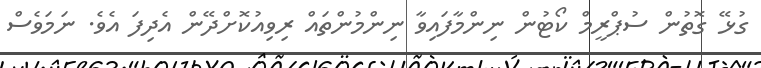
ގުޅޭ ގޮތުން ސުޕްރީމް ކޯޓުން ނިންމާފައިވާ ނިންމުންތައް ރިވިއުކޮށްދޭން އެދިފަ އެވެ. ނަމަވެސް